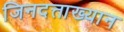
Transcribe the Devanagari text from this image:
जिनदत्ताख्यान